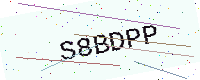
Text: S8BDPP